Annual statistical returns and brief notes on vaccination in Bengal - 1887-1898
Year: 1887
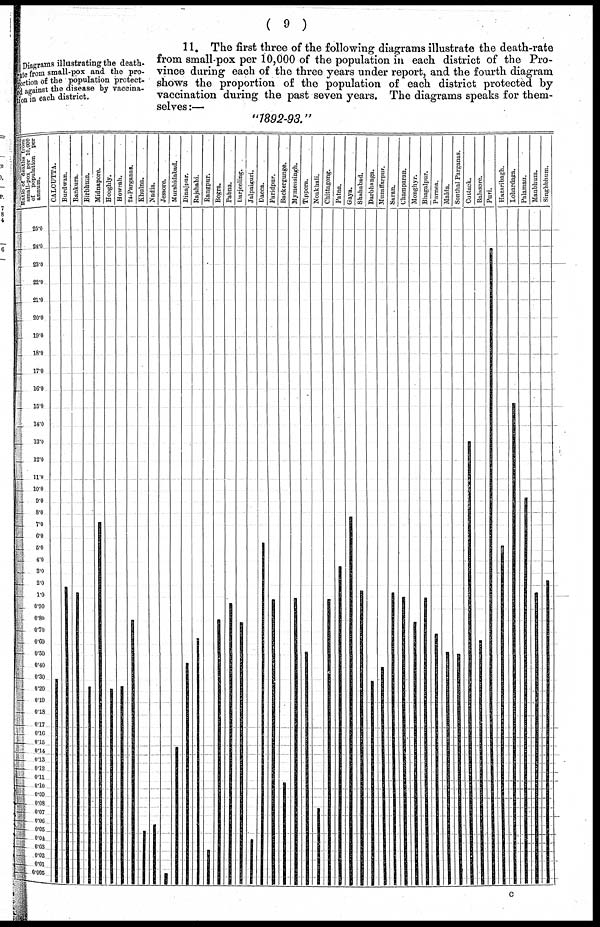
( 9 )
Diagrams illustrating the death¬
rate from small-pox and the pro-
portion of the population protect¬
ed against the disease by vaccina-
tion in each district.
11. The first three of the following diagrams illustrate the death-rate
from small-pox per 10,000 of the population in each district of the Pro-
vince during each of the three years under report, and the fourth diagram
shows the proportion of the population of each district protected by
vaccination during the past seven years. The diagrams speaks for them-
selves :—
"1892-93."
c